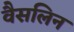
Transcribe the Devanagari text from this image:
वैसलिन